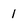
Character: 1